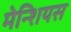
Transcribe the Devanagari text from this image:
मेन्शियस